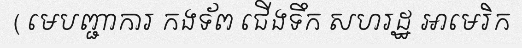
( មេបញ្ជាការ កងទ័ព ជើងទឹក សហរដ្ឋ អាមេរិក